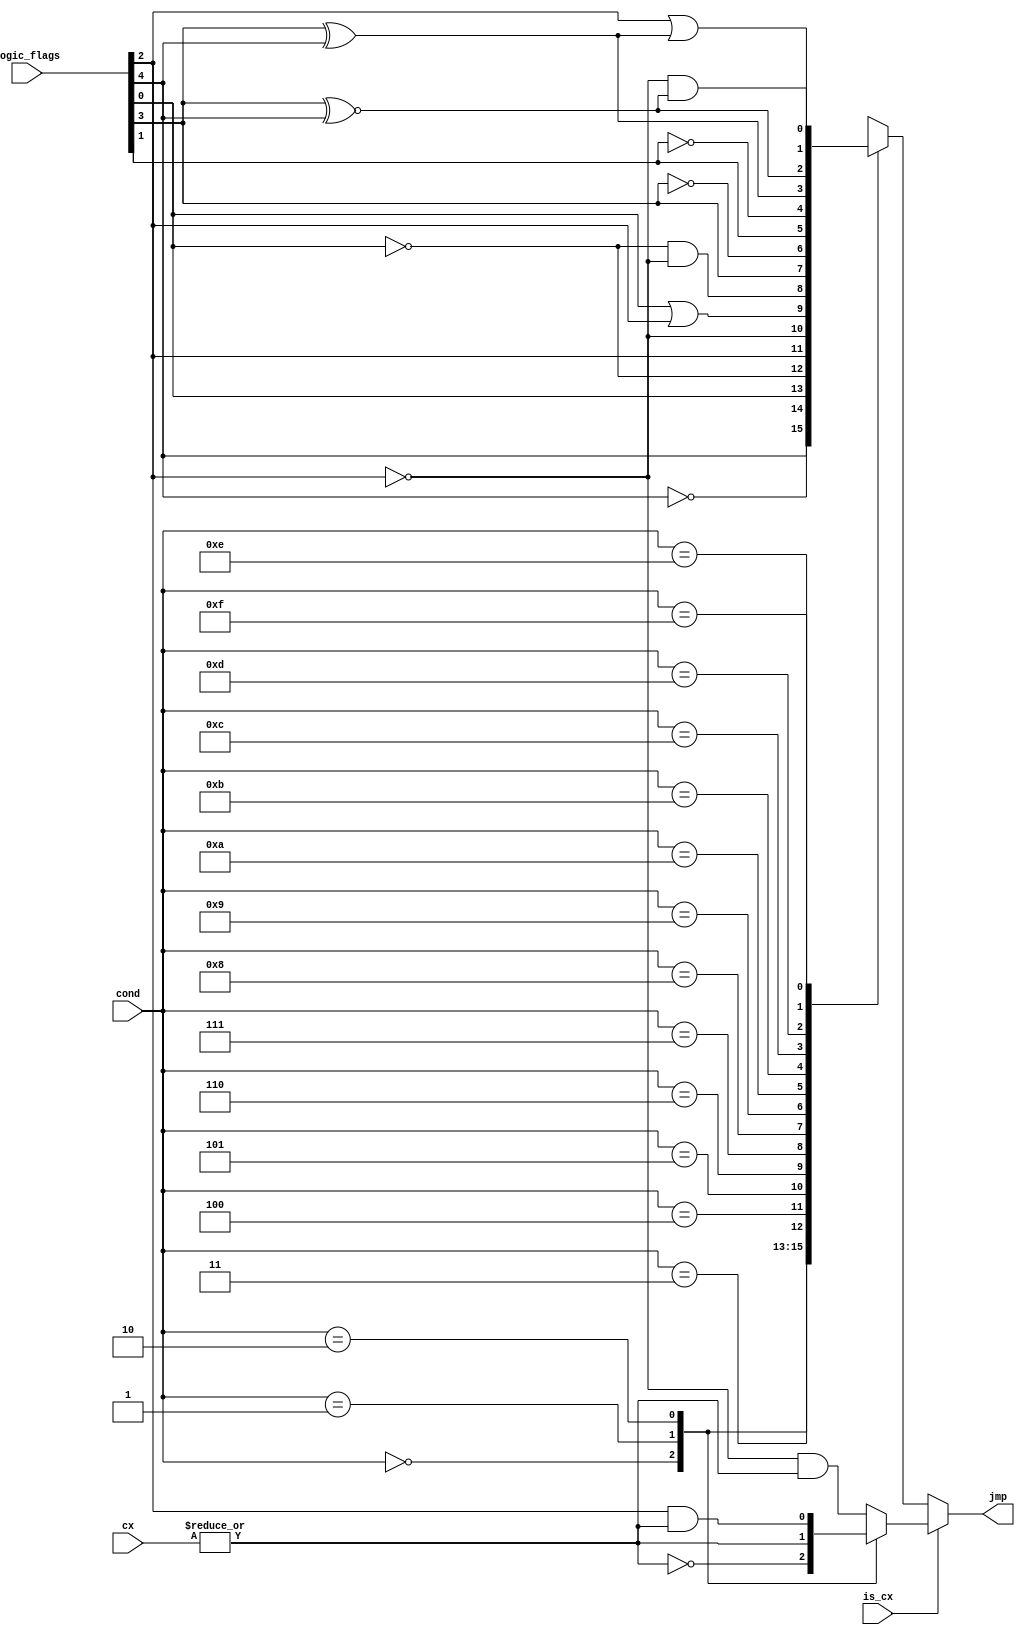
/*
 *  Copyright (c) 2008  Zeus Gomez Marmolejo <zeus@opencores.org>
 *
 *  This file is part of the Zet processor. This processor is free
 *  hardware; you can redistribute it and/or modify it under the terms of
 *  the GNU General Public License as published by the Free Software
 *  Foundation; either version 3, or (at your option) any later version.
 *
 *  Zet is distrubuted in the hope that it will be useful, but WITHOUT
 *  ANY WARRANTY; without even the implied warranty of MERCHANTABILITY
 *  or FITNESS FOR A PARTICULAR PURPOSE. See the GNU General Public
 *  License for more details.
 *
 *  You should have received a copy of the GNU General Public License
 *  along with Zet; see the file COPYING. If not, see
 *  <http://www.gnu.org/licenses/>.
 */

`timescale 1ns/10ps

module zet_jmp_cond (
    input [4:0]  logic_flags,
    input [3:0]  cond,
    input        is_cx,
    input [15:0] cx,
    output reg   jmp
  );

  // Net declarations
  wire of, sf, zf, pf, cf;
  wire cx_zero;

  // Assignments
  assign of = logic_flags[4];
  assign sf = logic_flags[3];
  assign zf = logic_flags[2];
  assign pf = logic_flags[1];
  assign cf = logic_flags[0];
  assign cx_zero = ~(|cx);

  // Behaviour
  always @(cond or is_cx or cx_zero or zf or of or cf or sf or pf)
    if (is_cx) case (cond)
        4'b0000: jmp <= cx_zero;         /* jcxz   */
        4'b0001: jmp <= ~cx_zero;        /* loop   */
        4'b0010: jmp <= zf & ~cx_zero;   /* loopz  */
        default: jmp <= ~zf & ~cx_zero; /* loopnz */
      endcase
    else case (cond)
      4'b0000: jmp <= of;
      4'b0001: jmp <= ~of;
      4'b0010: jmp <= cf;
      4'b0011: jmp <= ~cf;
      4'b0100: jmp <= zf;
      4'b0101: jmp <= ~zf;
      4'b0110: jmp <= cf | zf;
      4'b0111: jmp <= ~cf & ~zf;

      4'b1000: jmp <= sf;
      4'b1001: jmp <= ~sf;
      4'b1010: jmp <= pf;
      4'b1011: jmp <= ~pf;
      4'b1100: jmp <= (sf ^ of);
      4'b1101: jmp <= (sf ^~ of);
      4'b1110: jmp <= zf | (sf ^ of);
      4'b1111: jmp <= ~zf & (sf ^~ of);
    endcase
endmodule